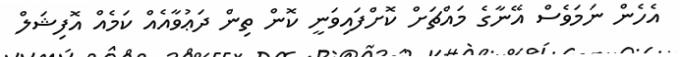
އެހެން ނަމަވެސް އޭނާގެ މައްޗަށް ކޮށްފައިވަނީ ކޮން ތިން ދަޢުވާއެއް ކަމެއް އޮފިޝަލް